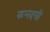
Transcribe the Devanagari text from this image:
कलदगी